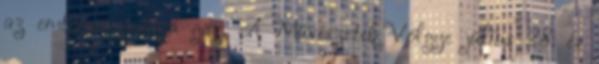
az embermagasságú gaz. A Művészetek Völgye július 28. és